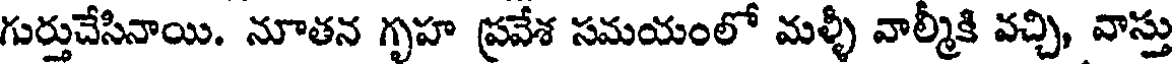
గుర్తుచేసినాయి. నూతన గృహ ప్రవేశ సమయంలో మళ్ళీ వాల్మీకి వచ్చి, వాస్తు